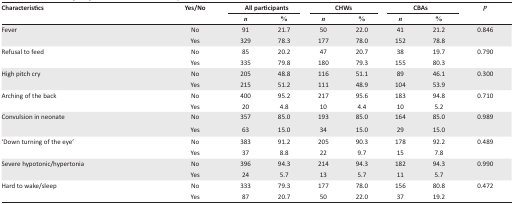
| <ROWSPAN=3> Characteristics | <ROWSPAN=3> Yes/No | <COLSPAN=2> All participants | <COLSPAN=2> CHWs | <COLSPAN=2> CBAs | <ROWSPAN=3> p |
 | n | % | n | % | n | % |
 | --- | --- | --- | --- | --- | --- | --- | --- | --- |
 | Fever | No | 91 | 21.7 | 50 | 22.0 | 41 | 21.2 | 0.846 |
 |  | Yes | 329 | 78.3 | 177 | 78.0 | 152 | 78.8 |  |
 | Refusal to feed | No | 85 | 20.2 | 47 | 20.7 | 38 | 19.7 | 0.790 |
 |  | Yes | 335 | 79.8 | 180 | 79.3 | 155 | 80.3 |  |
 | High pitch cry | No | 205 | 48.8 | 116 | 51.1 | 89 | 46.1 | 0.300 |
 |  | Yes | 215 | 51.2 | 111 | 48.9 | 104 | 53.9 |  |
 | Arching of the back | No | 400 | 95.2 | 217 | 95.6 | 183 | 94.8 | 0.710 |
 |  | Yes | 20 | 4.8 | 10 | 4.4 | 10 | 5.2 |  |
 | Convulsion in neonate | No | 357 | 85.0 | 193 | 85.0 | 164 | 85.0 | 0.989 |
 |  | Yes | 63 | 15.0 | 34 | 15.0 | 29 | 15.0 |  |
 | ‘Down turning of the eye’ | No | 383 | 91.2 | 205 | 90.3 | 178 | 92.2 | 0.489 |
 |  | Yes | 37 | 8.8 | 22 | 9.7 | 15 | 7.8 |  |
 | Severe hypotonic/hypertonia | No | 396 | 94.3 | 214 | 94.3 | 182 | 94.3 | 0.990 |
 |  | Yes | 24 | 5.7 | 13 | 5.7 | 11 | 5.7 |  |
 | Hard to wake/sleep | No | 333 | 79.3 | 177 | 78.0 | 156 | 80.8 | 0.472 |
 |  | Yes | 87 | 20.7 | 50 | 22.0 | 37 | 19.2 |  |